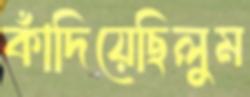
কাঁদিয়েছিলুম